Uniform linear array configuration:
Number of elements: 32
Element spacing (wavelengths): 0.5
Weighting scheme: cosine
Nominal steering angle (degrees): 30
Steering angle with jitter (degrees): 31.076
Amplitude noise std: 0.05
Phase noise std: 0.05

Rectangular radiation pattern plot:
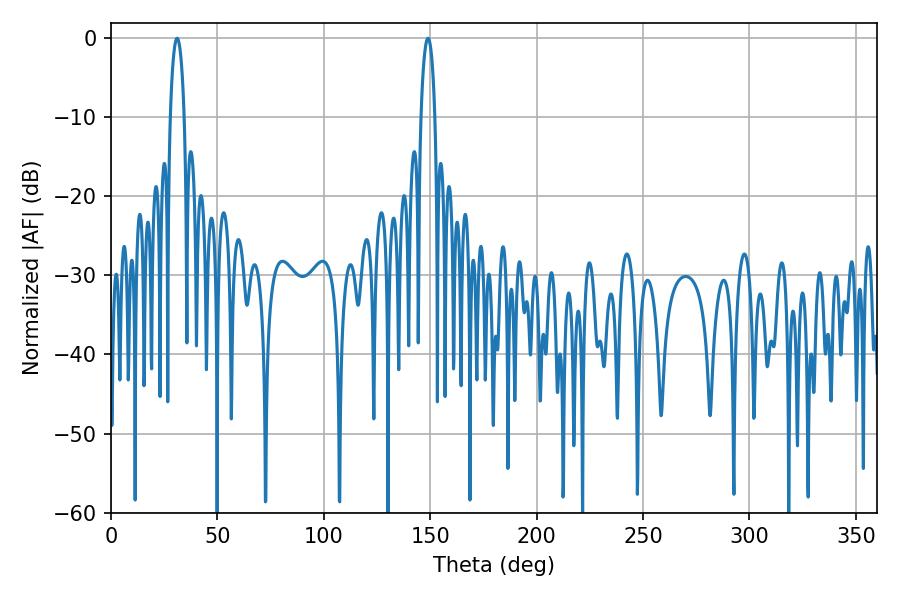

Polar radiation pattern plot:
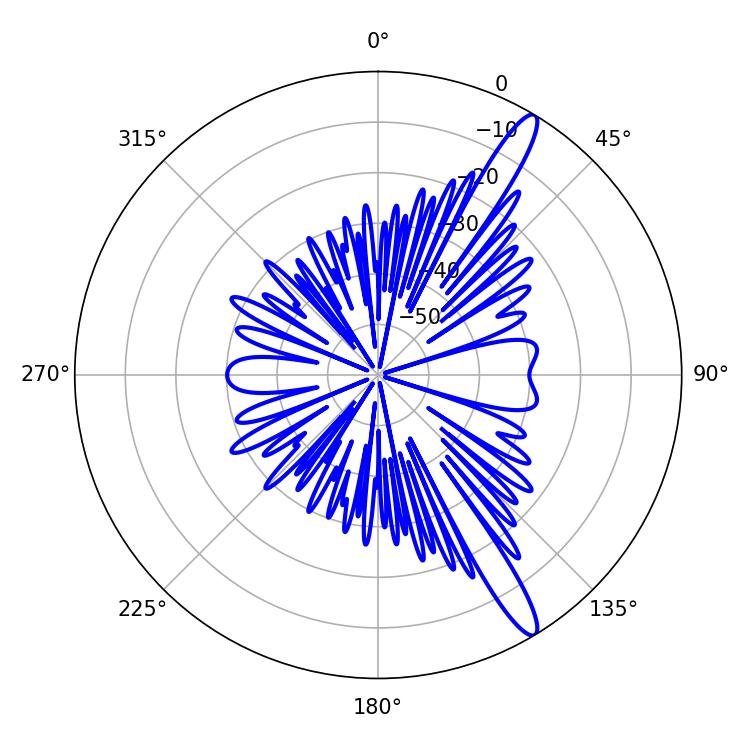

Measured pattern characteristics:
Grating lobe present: FALSE
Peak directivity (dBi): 14.198
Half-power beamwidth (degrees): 3.78
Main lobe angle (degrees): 31.14